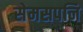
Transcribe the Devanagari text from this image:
सेमसपनि